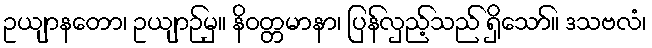
ဥယျာနတော၊ ဥယျာဉ်မှ။ နိဝတ္တမာနာ၊ ပြန်လှည့်သည် ရှိသော်။ ဒသဗလံ၊